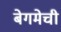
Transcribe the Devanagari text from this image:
बेगमेची